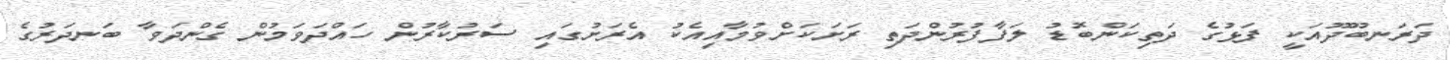
ދަރަނބޫދޫއަކީ ފަޅުގެ ދަތިކަންބޮޑު ލަފާފުރުންދަތި ރަށަކަށްވުމާއިއެކު އެރަށުގައި ސަރުކާރުން ހައްދަވަމުން ގެންދަވާ ބަނދަރުގެ